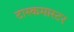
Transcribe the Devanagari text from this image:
टास्कमास्टर